Burma Government Medical School reports 1923-41
Year: 1923
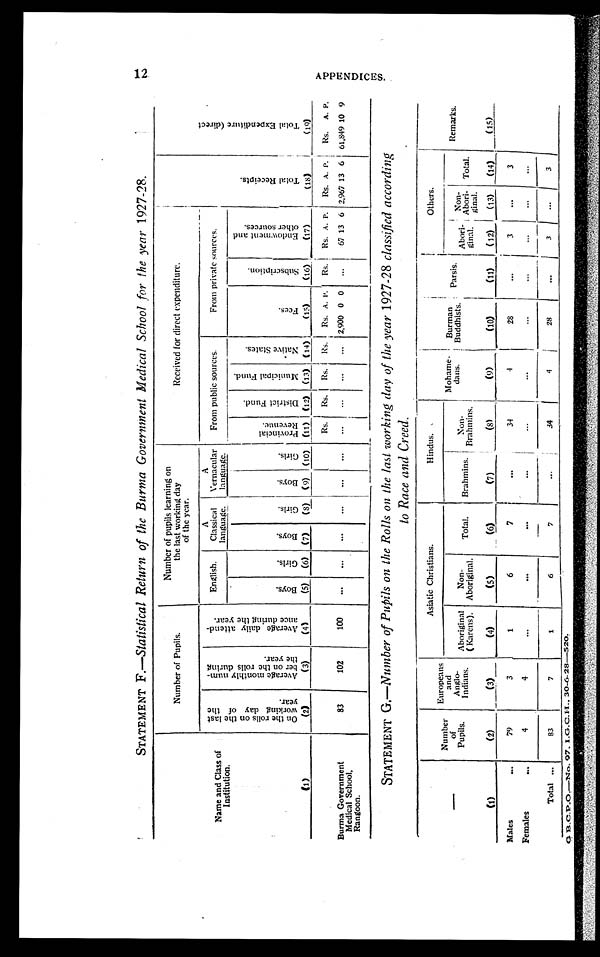
1 2
STATEMENT F.—Statistical Return of the Burma Government Medical School for the year 1927-28.
N a m e a n d C l a s s o f I n s t i t u t i o n .
(1)
N u m b e r o f P u p i l s .
Nu mb e r o f p u p i l s l e a r n i n g o n t h e l a s t wo r k i n g d a y o f t h e y e a r .
Recei ved for di rect expendi t ure.
T o t a l R e c e i p t s .
( 1 8 )
T o t a l E x p e n d i t u r e ( d i r e c t ) .
( 1 9 )
O n t h e r o l l s o n t h e l a s t w o r k i n g d a y o f t h e y e a r .
( 2 )
A v e r a g e m o n t h l y n u m - b e r o n t h e r o l l s d u r i n g t h e y e a r .
( 3 )
A v e r a g e d a i l y a t t e n d - a n c e d u r i n g t h e y e a r .
( 4 )
E n g l i s h .
A C l a s s i c a l l a n g u a g e
A V e r n a c u l a r l a n g u a g e
F r o m p u b l i c s o u r c e s .
F r o m p r i v a t e s o u r c e s .
B o y s .
( 5 )
G i r l s .
( 6 )
B o y .
( 7 )
G i r l s .
( 8 )
B o y s .
( 9 )
G i r l s .
( 1 0 )
P r o v i n c i a l R e v e n u e .
( 1 1 )
D i s t r i c t F u n d .
( 1 2 )
M u n i c i p a l F u n d .
( 1 3 )
N a t i v e S t a t e s .
( 1 4 )
F e e s .
( 1 5 )
S u b s c r i p t i o n .
( 1 6 )
E n d o w m e n t a n d o t h e r s o u r c e s .
( 1 7 )
Burma Government
Medical School,
Rangoon.
83
102
1 0 0
. . .
. . .
. . .
. . .
. . .
. . .
Rs.
. . .
Rs.
. . .
Rs.
. . .
Rs.
. . .
Rs.
2,900
A.
0
P.
0
Rs.
. . .
Rs.
67
A.
13
P.
6
Rs.
2,967
A.
13
P.
6
Rs.
61,849
A.
10
P.
9
STATEMENT G.—Number of Pupils on the Rolls on the last working day of the year 1927-28 classified according
to Race and Creed.
—
(1)
Number
of
Pupils.
(2)
Europeans
and
A n g l o -
Indians.
(3)
Asiatic Christians.
Hindus.
Mohame-
dans.
(9)
Burman
Buddhists.
(10)
P a r s i s .
( 1 1 )
Others.
Remarks.
(15)
Aboriginal
(Karens).
(4)
Non-
Aboriginal.
(5)
Total.
(6)
Brahmins.
(7)
N o n - B r a h m i n s .
(8)
A b o r i - g i n a l .
( 1 2 )
Non
-Abori-
g i n a l .
(13)
Total.
(14)
Males
7 9
3
1
6
7
. . .
3 4
4
2 8
. . .
3
. . .
3
Females
4
4
. . .
. . .
. . .
. . .
. . .
. . .
. . .
. . .
. . .
. . .
. . .
Total
8 3
7
1
6
7
. . .
3 4
4
2 8
. . .
3
. . .
3
G.B.C.P.O,— No. 97.I.G.C.H. 30-6-28—520.
A P P E N D I C E S .